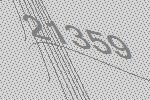
21359